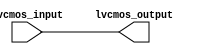
module io_block_lvcmos_buffer (
    input wire lvcmos_input,
    output reg lvcmos_output
);

// Voltage level translation circuitry
assign lvcmos_output = lvcmos_input;

endmodule